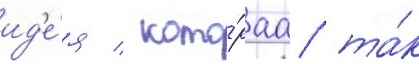
ид'е́я / кото́раа та́к